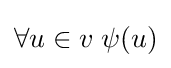
\forall u\in v\;\psi (u)